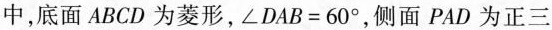
中，底面ABCD为菱形，∠DAB=60°，侧面PAD为正三